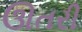
ઊતરી